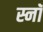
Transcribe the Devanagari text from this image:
स्नॉ